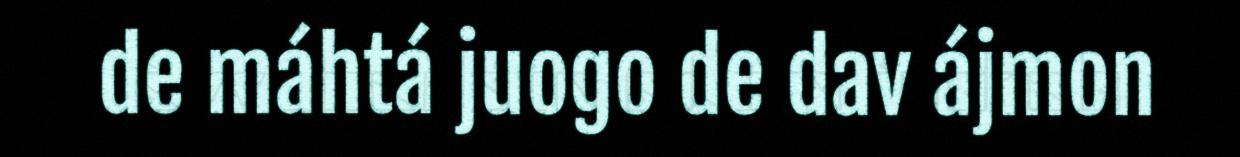
de máhtá juogo de dav ájmon